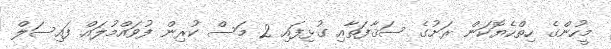
މީހުންގެ ހިތްހެޔޮކަން ރަށުގެ ސަޤާފަތާއި ގުޅިފައި 2 މަސް ކުރިން ފުވައްމުލައް ފައިސަލް